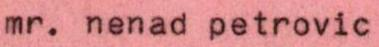
mr. nenad petrovic